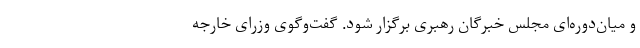
و میان‌دوره‌ای مجلس خبرگان رهبری برگزار شود. گفت‌وگوی وزرای خارجه